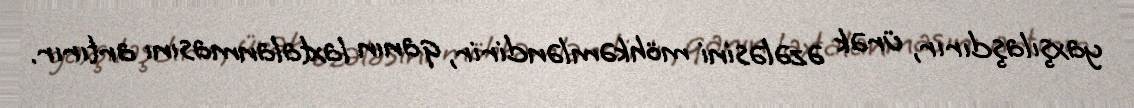
yaxşılaşdırır, ürək əzələsini möhkəmləndirir, qanın laxtalanmasını artırır.